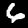
Digit: 6